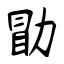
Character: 勖